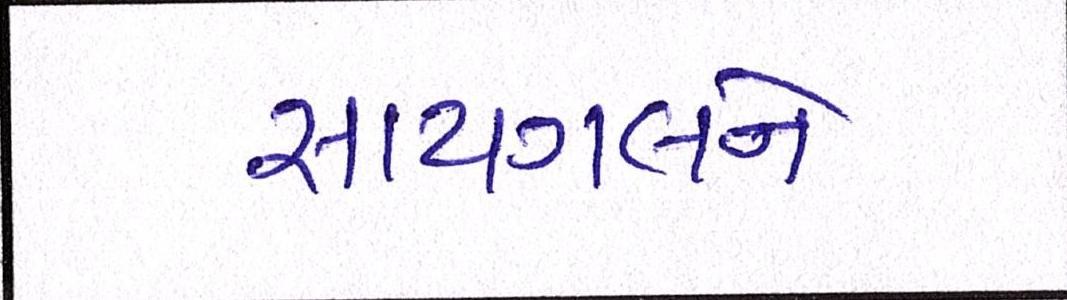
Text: સાયગલને